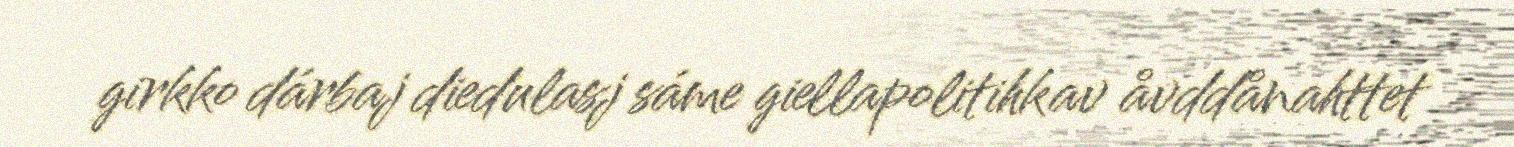
girkko dárbaj diedulasj sáme giellapolitihkav åvddånahttet